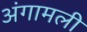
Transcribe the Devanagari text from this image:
अंगामली